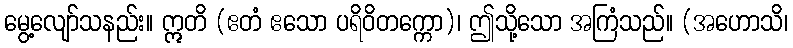
မွေ့လျော်သနည်း။ ဣတိ (ဧတံ ဧသော ပရိဝိတက္ကော)၊ ဤသို့သော အကြံသည်။ (အဟောသိ၊